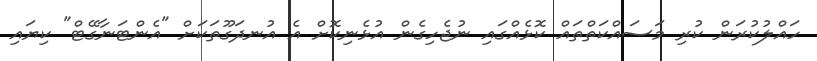
ހައްލުކުރަން ކުރި މަސައްކަތްތައް ކޮޅެއްގައި ނުޖެހިގެން އުޅެނިކޮށް އެ އުނދަގޫތަކަށް "އެންޓަނާގޭޓް" ކިޔައި